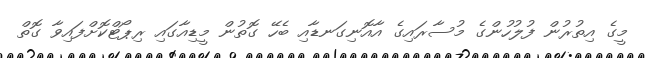
މީގެ އިތުރުން ފުލުހުންގެ މުސާރައިގެ އާއޮނިގަނޑާއި ބެހޭ ގޮތުން މީޑިއާގައި ރިޕޯޓްކޮށްފައިވާ ގޮތް